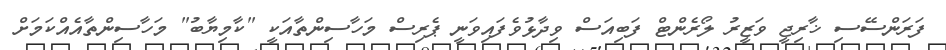
ފަރަންސޭސި ޚާރިޖީ ވަޒީރު ލޯރެންޓް ފަބިއަސް ވިދާޅުވެފައިވަނީ ޕެރިސް މަހާސިންތާއަކީ "ކާމިޔާބު" މަހާސިންތާއެއްކަމަށް